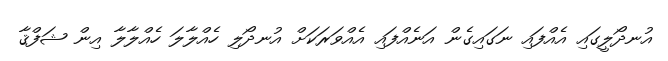
އުނދޯލީގައި އެއްފައި ނަގައިގެން އަނެއްފައި އެއްވަރަކަށް އުނދޯލި ހެއްލާލަ ހެއްލާލާ އިން ޝަފްޤާ